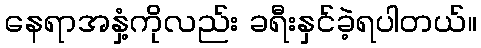
နေရာအနှံ့ကိုလည်း ခရီးနှင်ခဲ့ရပါတယ်။